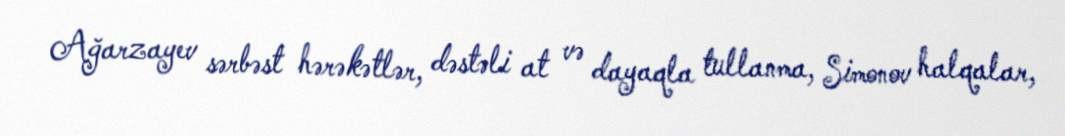
Ağarzayev sərbəst hərəkətlər, dəstəli at və dayaqla tullanma, Simonov halqalar,